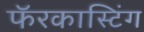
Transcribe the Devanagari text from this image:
फॅरकास्टिंग